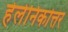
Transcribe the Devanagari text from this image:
हेलेनिकोत्तर